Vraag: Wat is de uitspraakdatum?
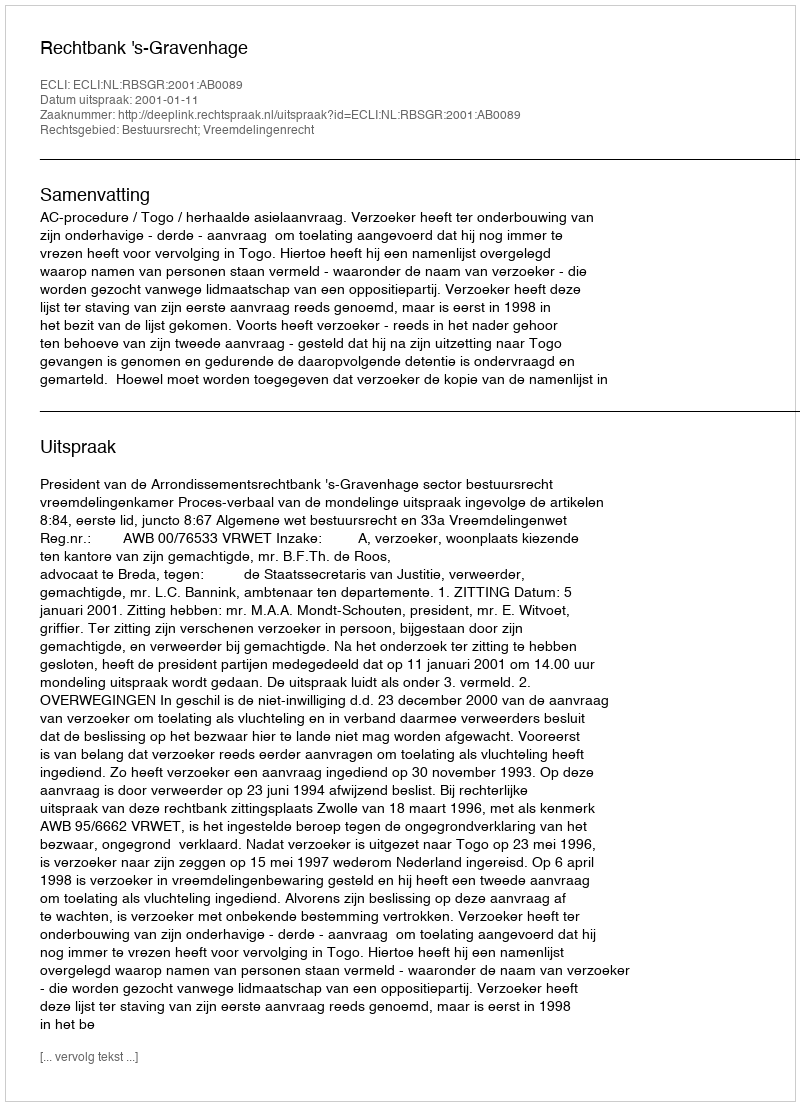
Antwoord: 2001-01-11